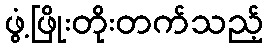
ဖွံ့ဖြိုးတိုးတက်သည့်